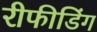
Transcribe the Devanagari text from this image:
रीफीडिंग